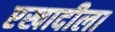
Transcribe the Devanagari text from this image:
एखादीला